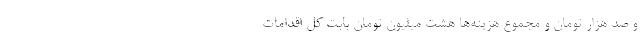
و صد هزار تومان و مجموع هزینه‌ها هشت میلیون تومان بابت کل اقدامات